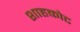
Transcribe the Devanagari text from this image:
शाहकोट